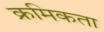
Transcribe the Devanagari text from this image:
क्रमिकता